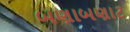
બણાબણાટ